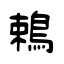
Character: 鵣